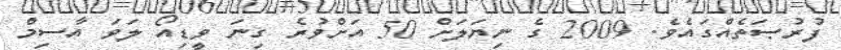
ފުރުޞަތެއްގައެވެ. 2009 ގެ ނިޔަލަށް 50 އަށްވުރެ ގިނަ ވީޑިއޯ ލަވަ އާސިމް